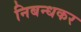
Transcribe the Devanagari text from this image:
निबन्धकर